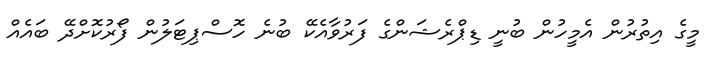
މީގެ އިތުރުން އެމީހުން ބުނީ ޑިޕްރެޝަންގެ ފަރުވާއެކޭ ބުނެ ހޮސްޕިޓަލުން ފޯރުކޮށްދޭ ބައެއް